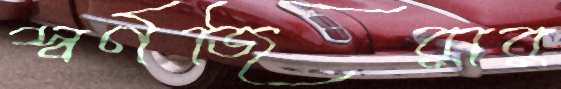
স্বর্ণজিরার